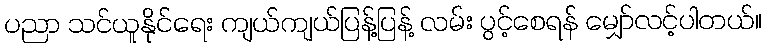
ပညာ သင်ယူနိုင်ရေး ကျယ်ကျယ်ပြန့်ပြန့် လမ်း ပွင့်စေရန် မျှော်လင့်ပါတယ်။